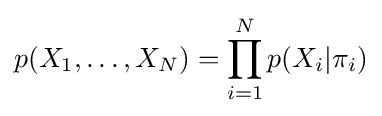
p(X_{1},\dots ,X_{N})=\prod _{i=1}^{N}p(X_{i}|\pi _{i})